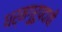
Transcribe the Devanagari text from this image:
धर्मगुरुपदाची